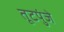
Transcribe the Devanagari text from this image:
तूटपुंजे